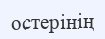
остерінің